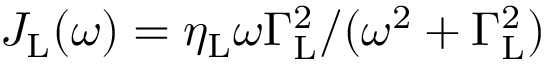
J _ { \mathrm { L } } ( \omega ) = \eta _ { \mathrm { L } } \omega \Gamma _ { \mathrm { L } } ^ { 2 } / ( \omega ^ { 2 } + \Gamma _ { \mathrm { L } } ^ { 2 } )